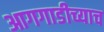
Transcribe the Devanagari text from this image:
आगगाडीच्याच